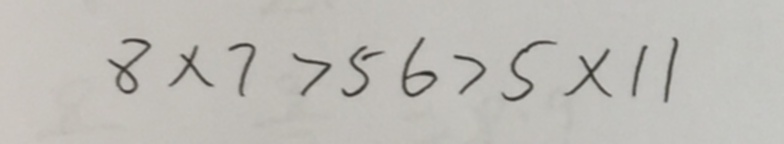
8 \times 7 > 5 6 > 5 \times 1 1